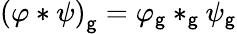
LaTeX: \left(\varphi*\psi\right)_{\mathsf{g}}=\varphi_{\mathsf{g}}*_{\mathsf{g}}\psi_{\mathsf{g}}